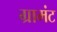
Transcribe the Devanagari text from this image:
ग्रामंट